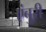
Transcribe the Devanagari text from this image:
एंबुरी